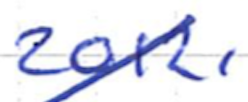
Text: 2012,
Cross-out: diagonal
Writing tool: ballpoint